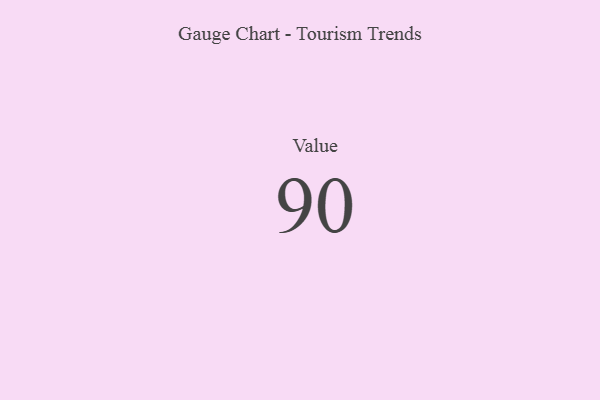
{"axis": {"x": "Metric", "y": "Value"}, "legend": [""], "data": [{"x": "Value", "y": 90, "type": ""}]}